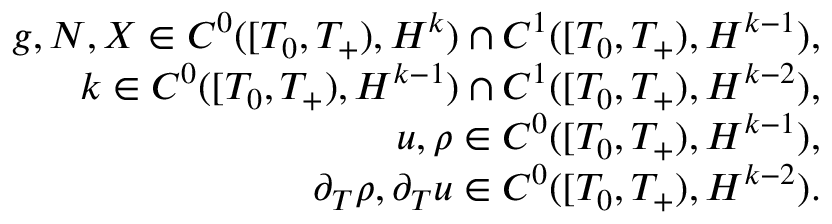
\begin{array} { r } { g , N , X \in C ^ { 0 } ( [ T _ { 0 } , T _ { + } ) , H ^ { k } ) \cap C ^ { 1 } ( [ T _ { 0 } , T _ { + } ) , H ^ { k - 1 } ) , } \\ { k \in C ^ { 0 } ( [ T _ { 0 } , T _ { + } ) , H ^ { k - 1 } ) \cap C ^ { 1 } ( [ T _ { 0 } , T _ { + } ) , H ^ { k - 2 } ) , } \\ { u , \rho \in C ^ { 0 } ( [ T _ { 0 } , T _ { + } ) , H ^ { k - 1 } ) , } \\ { \partial _ { T } \rho , \partial _ { T } u \in C ^ { 0 } ( [ T _ { 0 } , T _ { + } ) , H ^ { k - 2 } ) . } \end{array}